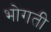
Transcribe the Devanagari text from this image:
भोगती